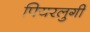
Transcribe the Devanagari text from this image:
पियरलुगी